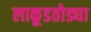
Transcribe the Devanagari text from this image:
लाकूडतोड्या